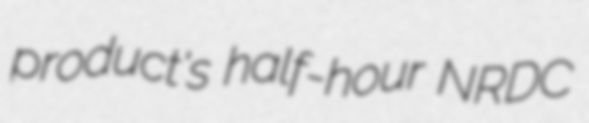
product's half-hour NRDC